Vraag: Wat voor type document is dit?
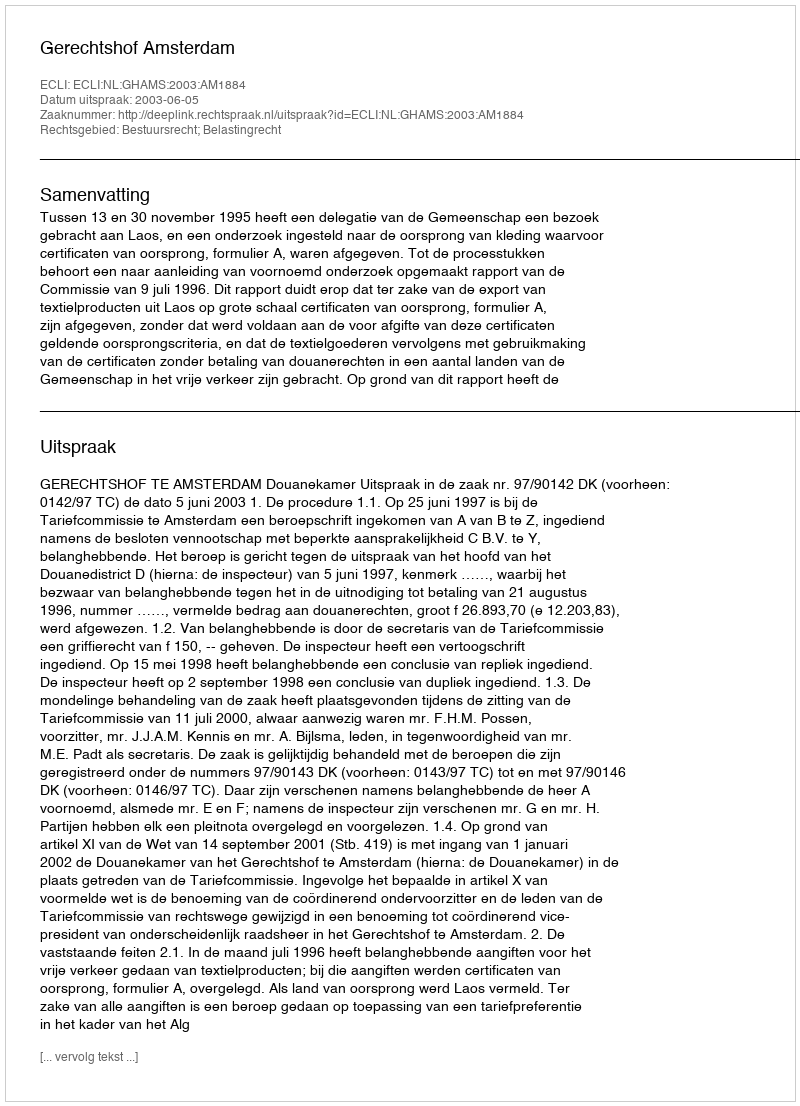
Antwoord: Uitspraak